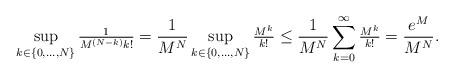
LaTeX: \begin{align*} \sup_{k\in \{0, \ldots, N \} }\tfrac{1}{M^{(N-k)}k!}=\frac{1}{M^{N}} \sup_{k\in\{0, \ldots, N \}}\tfrac{M^{k}}{k!} \leq \frac{1}{M^{N}}\sum_{k=0}^\infty\tfrac{M^{k}}{k!}=\frac{e^{M}}{M^{N}}. \end{align*}